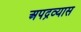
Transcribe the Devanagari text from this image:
अपद्रव्यास